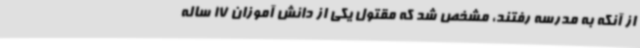
از آنکه به مدرسه رفتند، مشخص شد که مقتول یکی از دانش آموزان 17 ساله